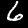
Label: 6